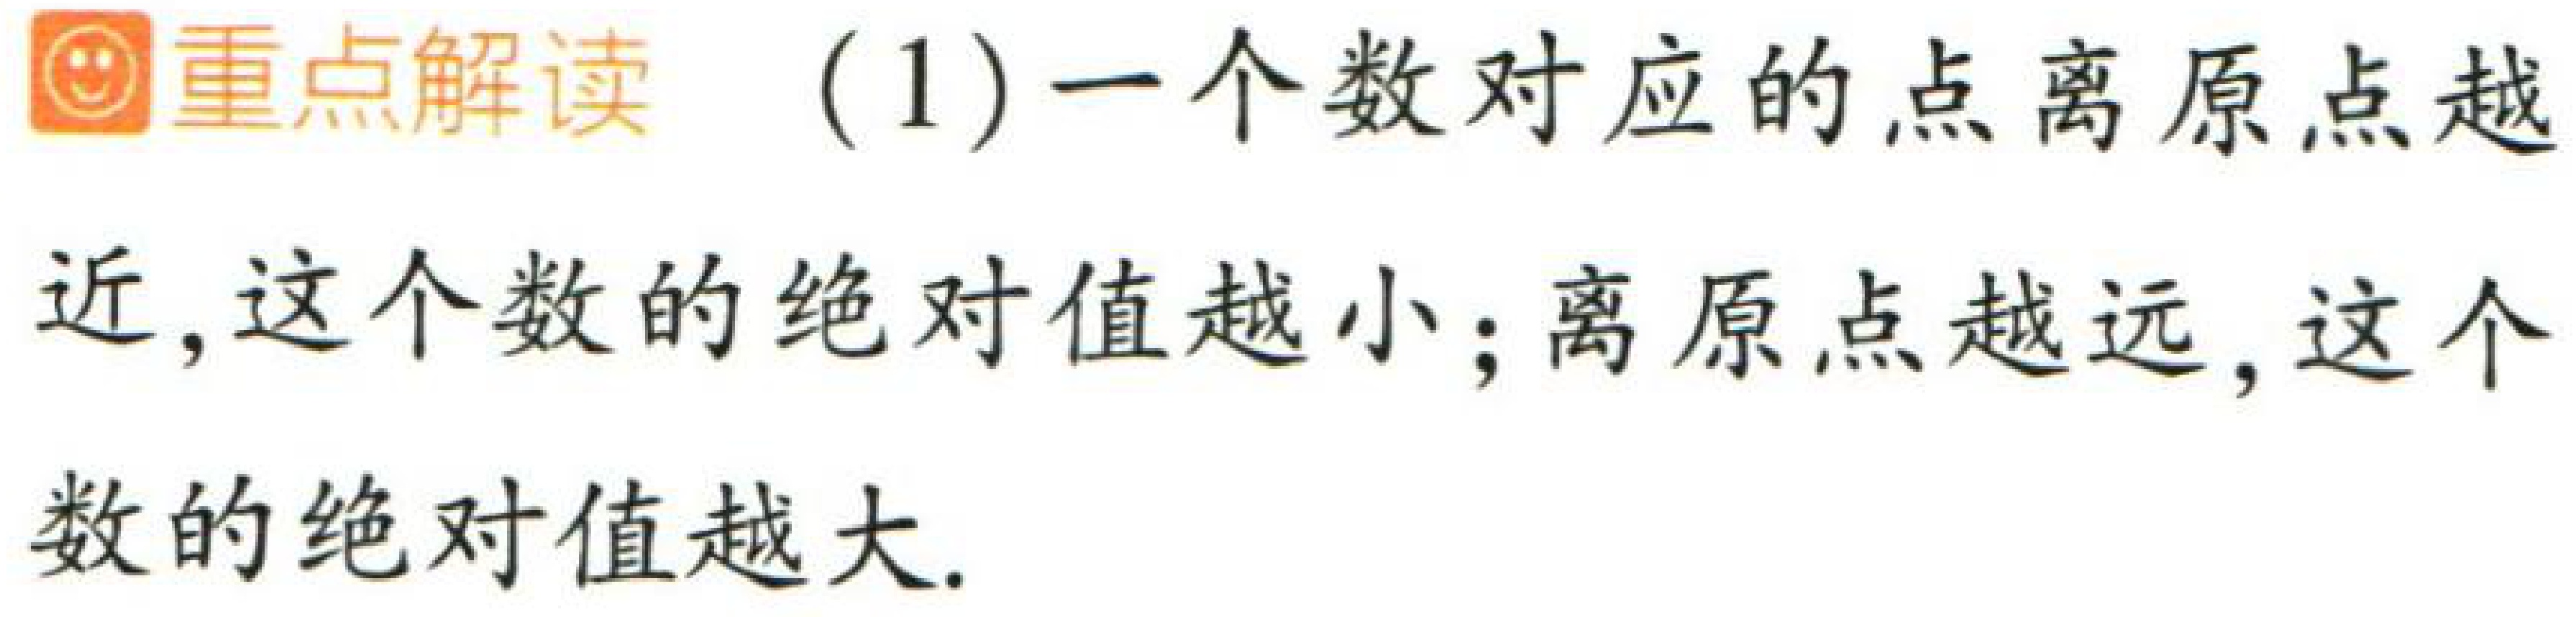
重点解读 （1）一个数对应的点离原点越近，这个数的绝对值越小；离原点越远，这个数的绝对值越大.